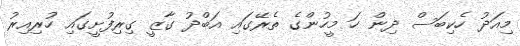
މިއަދު ހެކިބަސް ދިން ހަ މީހުންގެ ތެރޭގައި އަބްދު ގާޒީ ގިރިފުށީގައި ހުރިއިރު